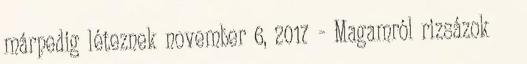
márpedig léteznek november 6, 2017 - Magamról rizsázok